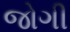
જોગી